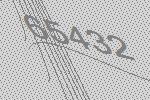
65432